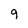
Character: 9